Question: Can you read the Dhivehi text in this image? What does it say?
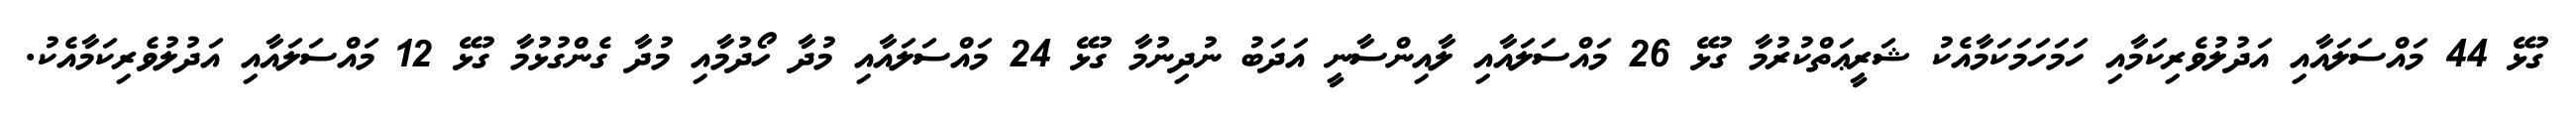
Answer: ގުޅޭ 44 މައްސަލައާއި އަދުލުވެރިކަމާއި ހަމަހަމަކަމާއެކު ޝަރީޢަތްކުރުމާ ގުޅޭ 26 މައްސަލައާއި ލާއިންސާނީ އަދަބު ނުދިނުމާ ގުޅޭ 24 މައްސަލައާއި މުދާ ހޯދުމާއި މުދާ ގެންގުޅުމާ ގުޅޭ 12 މައްސަލައާއި އަދުލުވެރިކަމާއެކު.